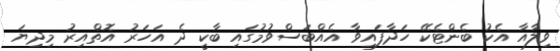
ވިލާއާ އެކު ބެންޓެކޭ ހަދާފައިވާ އެއްބަސްވުމުގައި ބާކީ ދެ އަހަރު އޮތްއިރު މިދިޔަ